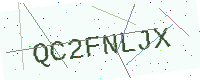
Text: QC2FNLJX